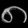
Digit: ၈